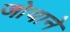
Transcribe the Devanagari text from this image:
जोयाने